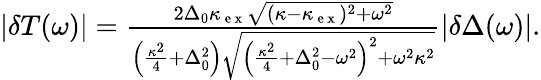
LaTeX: \begin{array}{r}{|\delta T(\omega)|=\frac{2\Delta_{0}\kappa_{\mathrm{~e~x~}}\sqrt{(\kappa-\kappa_{\mathrm{~e~x~}})^{2}+\omega^{2}}}{\left(\frac{\kappa^{2}}{4}+\Delta_{0}^{2}\right)\sqrt{\left(\frac{\kappa^{2}}{4}+\Delta_{0}^{2}-\omega^{2}\right)^{2}+\omega^{2}\kappa^{2}}}|\delta\Delta(\omega)|.}\end{array}